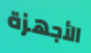
الأجهزة